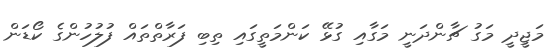
މަޖީދީ މަގު ޗާންދަނީ މަގާއި ގުޅޭ ކަންމަތީގައި ތިބި ފަރާތްތައް ފުލުހުންގެ ކޯޑަން